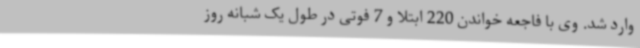
وارد شد. وی با فاجعه خواندن 220 ابتلا و 7 فوتی در طول یک شبانه روز